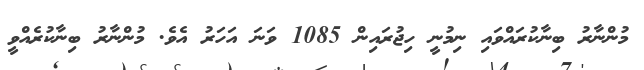
މުންނާރު ބިނާކުރައްވައި ނިމުނީ ހިޖުރައިން 1085 ވަނަ އަހަރު އެވެ. މުންނާރު ބިނާކުރެއްވީ